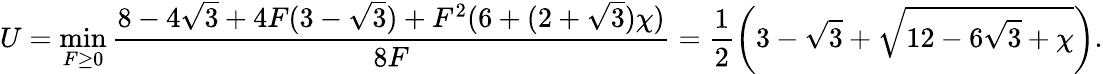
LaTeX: U=\operatorname*{min}_{F\geq 0}\frac{8-4\sqrt{3}+4F(3-\sqrt{3})+F^{2}(6+(2+\sqrt{3})\chi)}{8F}=\frac{1}{2}\left(3-\sqrt{3}+\sqrt{12-6\sqrt{3}+\chi}\right).